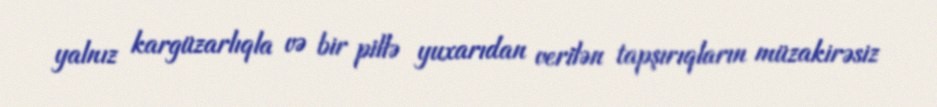
yalnız kargüzarlıqla və bir pillə yuxarıdan verilən tapşırıqların müzakirəsiz